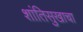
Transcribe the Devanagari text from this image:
शांतिसुखाचा